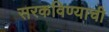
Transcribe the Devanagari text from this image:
सरकविण्याची